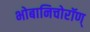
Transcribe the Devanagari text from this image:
भोबानिचोरॉण्